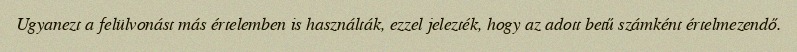
Ugyanezt a felülvonást más értelemben is használták, ezzel jelezték, hogy az adott betű számként értelmezendő.